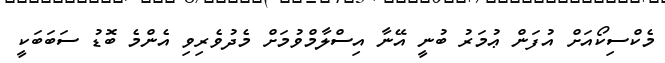
މެކްސިކޯއަށް އުފަން ޢުމަރު ބުނީ އޭނާ އިސްލާމްވުމަށް މެދުވެރިވި އެންމެ ބޮޑު ސަބަބަކީ